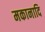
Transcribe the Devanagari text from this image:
मकानादि